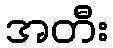
အတီး